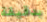
بدقيقة